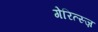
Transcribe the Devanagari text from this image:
गेरित्स्ज़